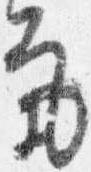
気